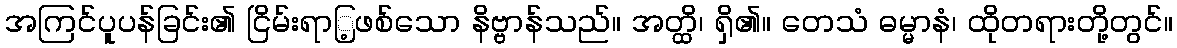
အကြင်ပူပန်ခြင်း၏ ငြိမ်းရာြ့ဖစ်သော နိဗ္ဗာန်သည်။ အတ္ထိ၊ ရှိ၏။ တေသံ ဓမ္မာနံ၊ ထိုတရားတို့တွင်။